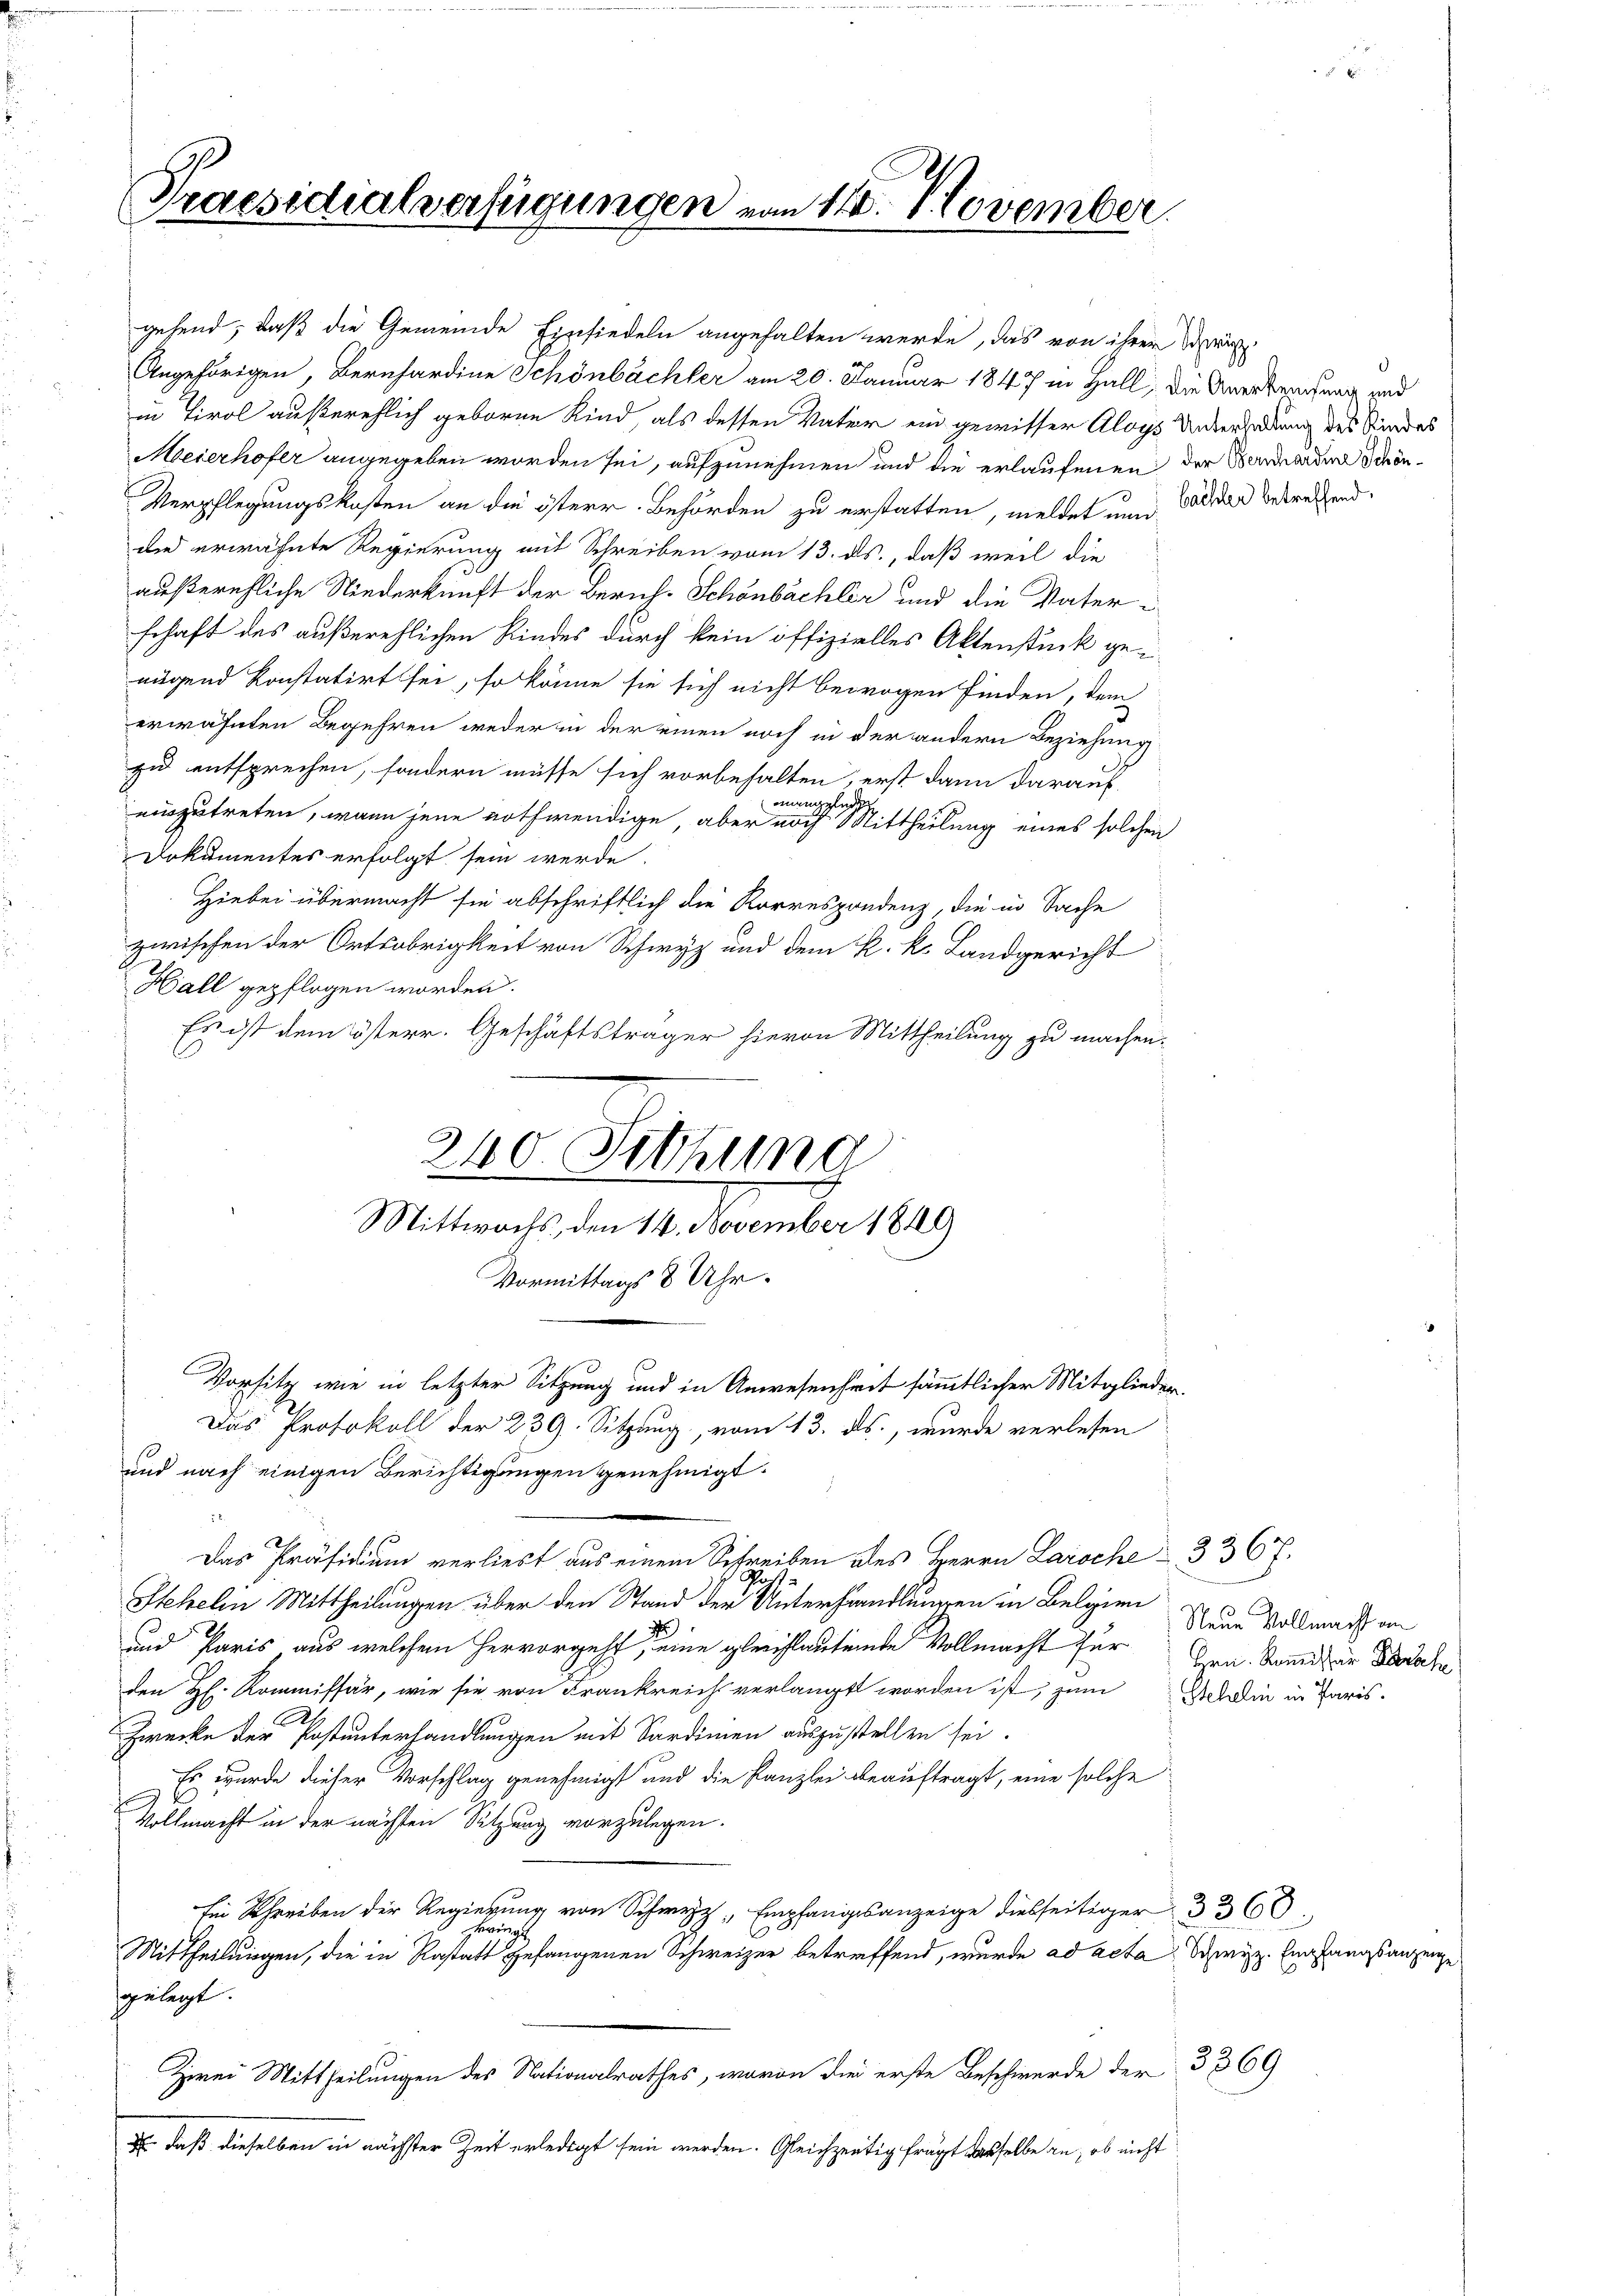
Praesidialverfügungen vom 14. November

in Tirol außerehlich geboren Kind als dessen Vater ein gewisser Aloys Unterladung des Kindes
Meierhofer angegeben worden sei, aufzunehmen und die erlaufenen der Bernarden Schön¬
Verpflegungskosten an die österr. Behörden zu erstatten, meldet nun Walder betreffend
dn erwähnte Regierung mit Schreiben vom 13. ds., daß weil die
außerehliche Niederkunft der Zürich-Schönbächler und die Vaterschaft des außerehlichen Kindes durch kein offizielles Aktenstück genügend konstatirt sei, so könne sie sich nicht bewogen finden, dem
erwähnten Begehren weder in der einen noch in der andern Beziehung
zi entsprechen, sondern müsse sich vorbehalten, erst dann darauf
mangeleg
auszutreten, wann jene nothwendige, aber noch Mittheilung eines solchen
Dokumentes erfolgt sein werde.
Hiebei übermacht sie abschriftlich die Korrespondenz, die in Sache
zwischen der Ortsobrigkeit von Schwyz und dem k. k. Landgericht
Hall gepflogen worden.
Es ist dem österr. Geschäftsträger hievon Mittheilung zu machen.
240. Setzung

gehend, daß die Gemeinde Einsiedeln angehalten werde, das von ihrer Schwärz
Angehörigen, Bernhardine Schönbächler am 20. Januar 1847 in Hall, die Unertragung und

Vorsitz wie in letzter Sitzung und in Anwesenheit sämmtlicher Mitglieder-
Das Protokoll der 239. Sitzung, vom 13. ds., wurde verlesen
und nach einigen Berichtigungen genehmigt.

Stehelm Mittheilungen über den Stand der Unterhandlungen in Belgien
r
und Paris, aus welchem hervorgeht, eine gleichlautende Vollmacht für
den H. Kommissär, wie sie von Frankreich verlangt worden ist, zum
.
Zwecke der Postunterhandlungen mit Sardinien auszustellen sei.
Es wurde dieser Vorschlag genehmigt und die Kanzlei beauftragt, eine solche
Vollmacht in der nächsten Sitzung vorzulegen.
hre der Regien von Empfangsanzeige diesseitiger 336
Bringe
Mittheilungen, die in Restatt gefangenen Schweizer betreffend, wurde ad acta Schwyz. Eingangsanzeige
gelegt.
Zwei Mittheilungen des Nationalrathes, wovon die erste Beschwerde der 3369
E. daß dieselben in nächster Zeit erledigt sein werden. Gleichzeitig frägt dasselbe an, ob nicht

Mittwochs, den 14. November 1849
Vormittags 8 Uhr.

Das Präsidium verliest aus einem Schreiben des Herrn Laroche 3367.

Neue Vollmacht an
Hrn. Kommissar Barsch
Stehelin in Paris.